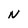
Character: N